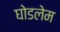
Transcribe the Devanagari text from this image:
घोडलेम